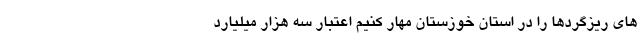
های ریزگردها را در استان خوزستان مهار کنیم اعتبار سه هزار میلیارد